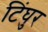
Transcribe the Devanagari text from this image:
टिंघुर